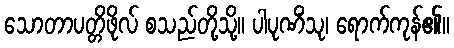
သောတာပတ္တိဖိုလ် စသည်တို့သို့။ ပါပုဏိံသု၊ ရောက်ကုန်၏။